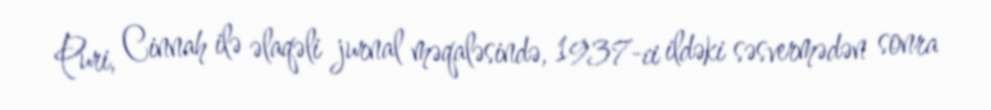
Puri, Cinnah ilə əlaqəli jurnal məqaləsində, 1937-ci ildəki səsvermədən sonra